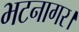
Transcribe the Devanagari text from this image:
भटनागर।